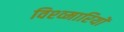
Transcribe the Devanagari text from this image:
विश्व्मारियों